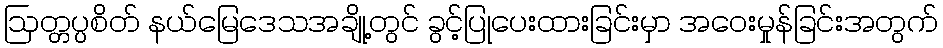
ဩတ္တပ္ပစိတ် နယ်မြေဒေသအချို့တွင် ခွင့်ပြုပေးထားခြင်းမှာ အဝေးမှုန်ခြင်းအတွက်